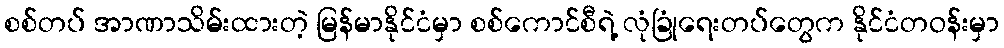
စစ်တပ် အာဏာသိမ်းထားတဲ့ မြန်မာနိုင်ငံမှာ စစ်ကောင်စီရဲ့ လုံခြုံရေးတပ်တွေက နိုင်ငံတဝန်းမှာ